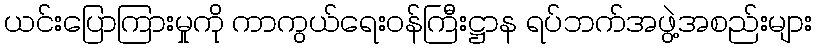
ယင်းပြောကြားမှုကို ကာကွယ်ရေးဝန်ကြီးဋ္ဌာန ရပ်ဘက်အဖွဲ့အစည်းများ